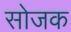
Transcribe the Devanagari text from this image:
सोजक